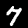
Label: 7